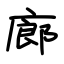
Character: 廊